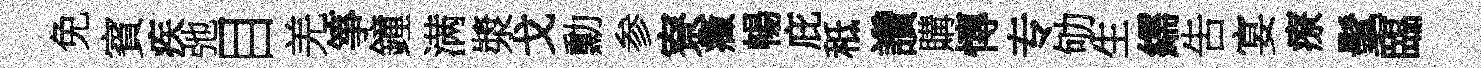
免賓疾弛目羌箏鐘满漿戈勳参寮癥暢庇秪讚購慱专劬生繻吿宴療髦臨